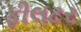
ફીલટર